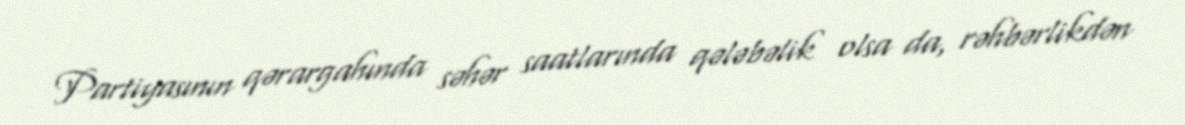
Partiyasının qərargahında səhər saatlarında qələbəlik olsa da, rəhbərlikdən